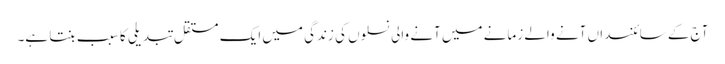
آج کے سائنسداں آنے والے زمانے میں آنے والی نسلوں کی زندگی میں ایک مستقل تبدیلی کا سبب بنتا ہے۔